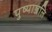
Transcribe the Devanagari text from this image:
पुष्पाञ्जलि